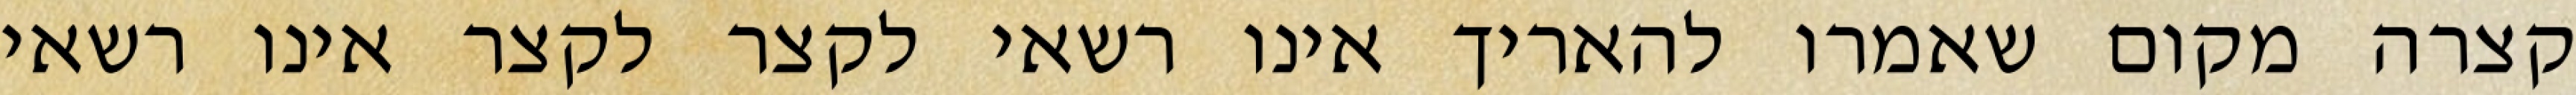
קצרה מקום שאמרו להאריך אינו רשאי לקצר לקצר אינו רשאי